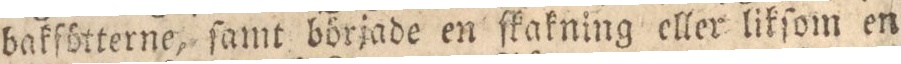
bakfötterne, ſamt började en ſkakning eller likſom en